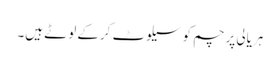
ہریالی پرچم کو سیلوٹ کرکے لوٹے ہیں۔